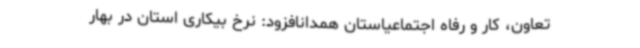
تعاون، کار و رفاه اجتماعیاستان همدانافزود: نرخ بیکاری استان در بهار